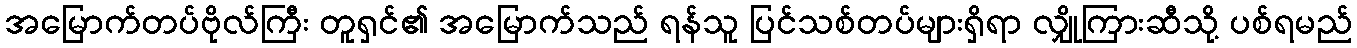
အမြောက်တပ်ဗိုလ်ကြီး တူရှင်၏ အမြောက်သည် ရန်သူ ပြင်သစ်တပ်များရှိရာ လျှိုကြားဆီသို့ ပစ်ရမည်